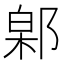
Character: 𬪎